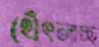
থেঁৎলাচ্ছ